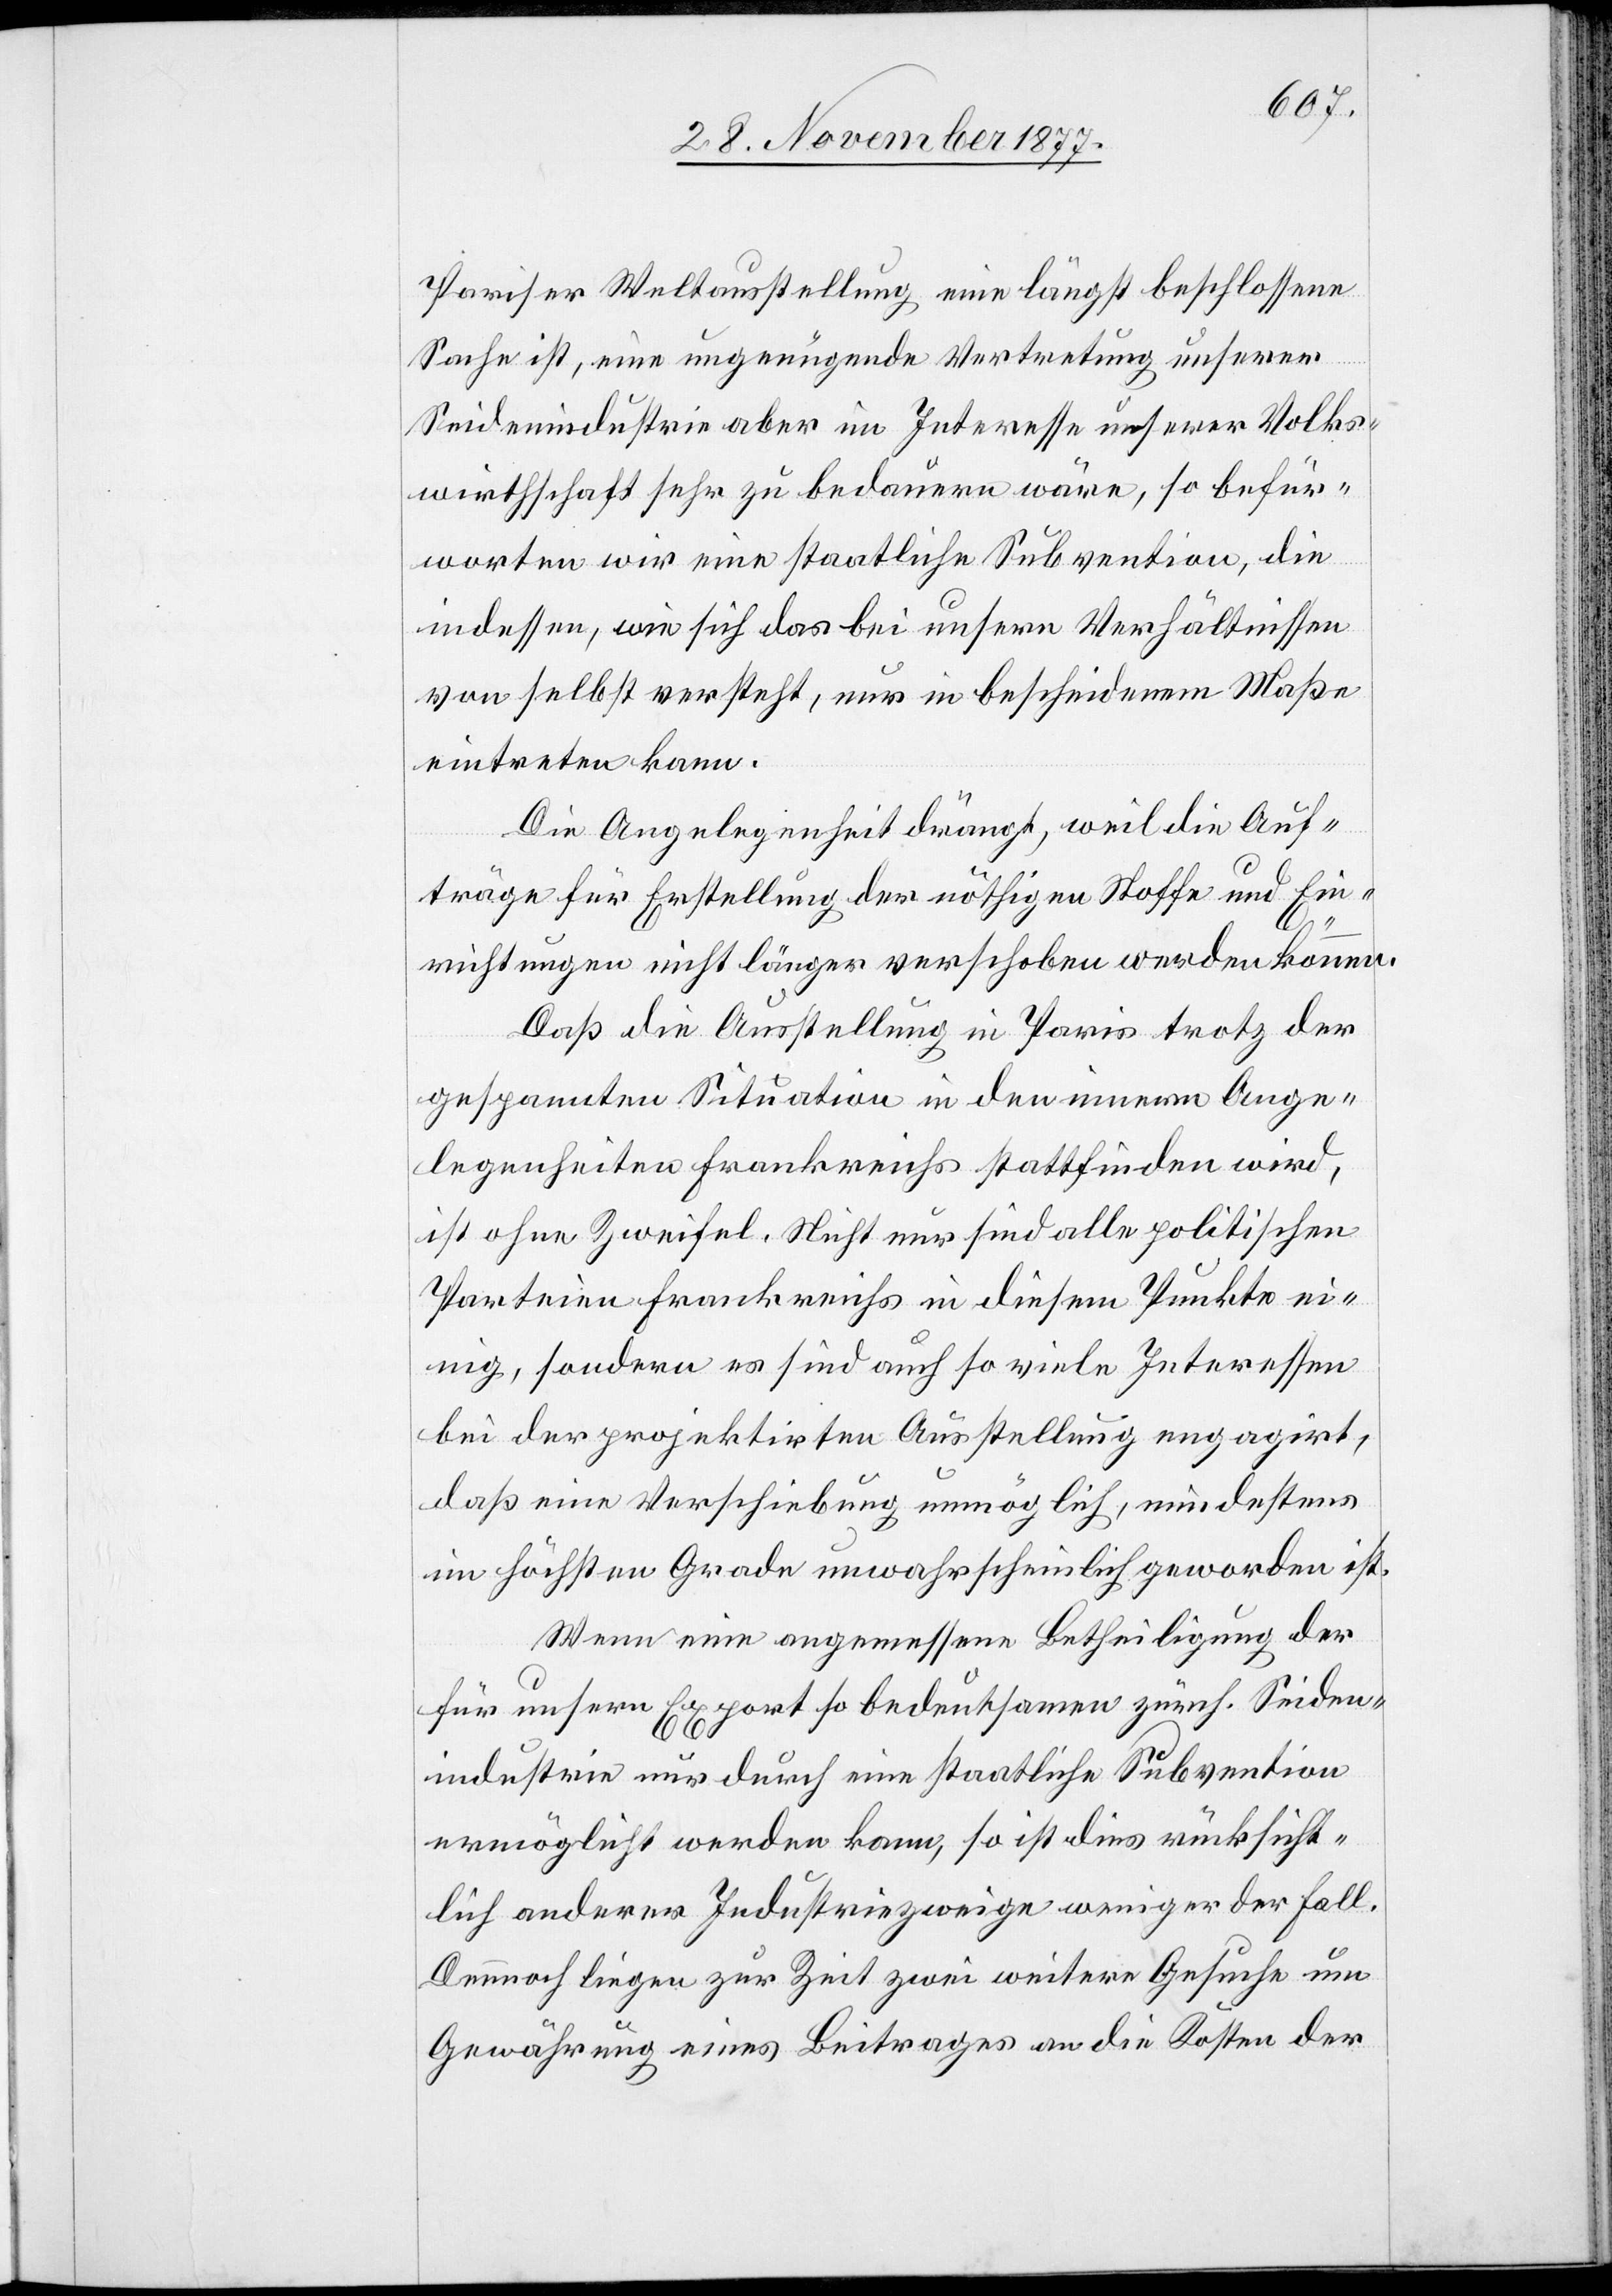
Pariser Weltausstellung eine längst beschlossene
Sache ist, eine ungenügende Vertretung unserer
Seidenindustrie aber im Interesse unserer Volks¬
wirthschaft sehr zu bedauern wäre, so befür¬
worten wir eine staatliche Subvention, die
indessen, wie sich das bei unsern Verhältnissen
von selbst versteht, nur in bescheidenem Maße
eintreten kann.
Die Angelegenheit drängt, weil die Auf¬
träge für Erstellung der nöthigen Stoffe und Ein¬
richtungen nicht länger verschoben werden können.
Daß die Ausstellung in Paris trotz der
gespannten Situation in den innern Ange¬
legenheiten Frankreichs stattfinden wird,
ist ohne Zweifel. Nicht nur sind alle politischen
Parteien Frankreichs in diesem Punkte ei¬
nig, sondern es sind auch so viele Interessen
bei der projektirten Ausstellung engagirt,
daß eine Verschiebung unmöglich, mindestens
im höchsten Grade unwahrscheinlich geworden ist.
Wenn eine angemessene Betheiligung der
für unsern Export so bedeutsamen zürch. Seiden¬
industrie nur durch eine staatliche Subvention
ermöglicht werden kann, so ist dies rücksicht¬
lich anderer Industriezweige weniger der Fall.
Dennnoch liegen zur Zeit zwei weitere Gesuche um
Gewährung eines Beitrages an die Kosten der